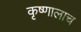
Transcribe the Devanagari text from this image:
कृष्णालाच